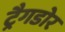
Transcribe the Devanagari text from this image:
ट्रैगडोर